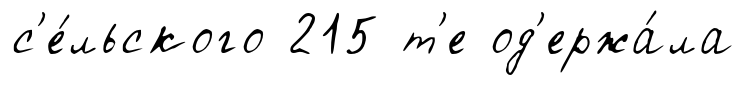
с'е́льского 215 т'е од'ержа́ла